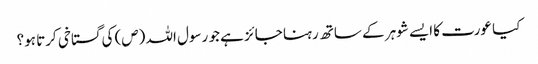
کیا عورت کا ایسے شوہر کے ساتھ رہنا جائز ہے جو رسول اللہ (ص) کی گستاخی کرتا ہو؟